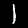
Label: 1